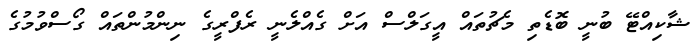
ޝާކިއްޓޭ ބުނީ ބޮޑެތި މެޗުތައް އީގަލްސް އަށް ގެއްލެނީ ރެފްރީގެ ނިންމުންތައް ގޯސްވުމުގެ